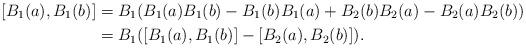
LaTeX: \begin{align*}[B_1(a),B_1(b)]&=B_1(B_1(a)B_1(b)-B_1(b)B_1(a)+B_2(b)B_2(a)-B_2(a)B_2(b))\\&=B_1([B_1(a),B_1(b)]-[B_2(a),B_2(b)]).\end{align*}